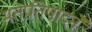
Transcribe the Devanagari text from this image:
मतप्रतिपादने